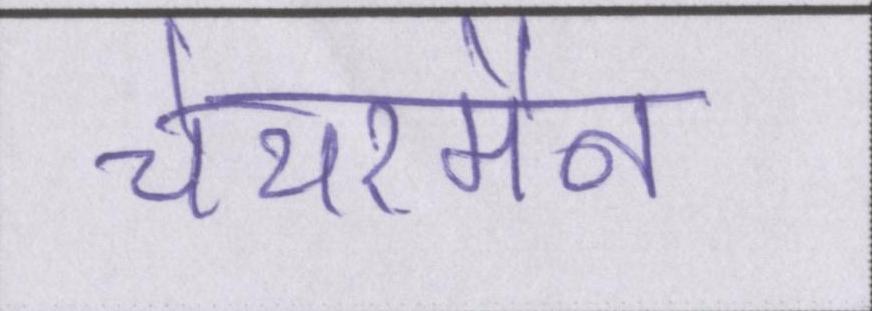
चेयरमैन